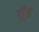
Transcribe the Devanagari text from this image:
शुँड